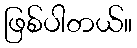
ဖြစ်ပါတယ်။